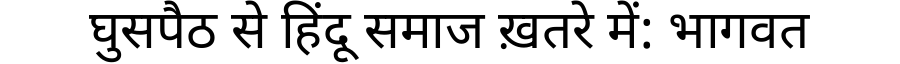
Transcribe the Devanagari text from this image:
घुसपैठ से हिंदू समाज ख़तरे में: भागवत